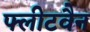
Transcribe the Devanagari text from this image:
फ्लीटवैन